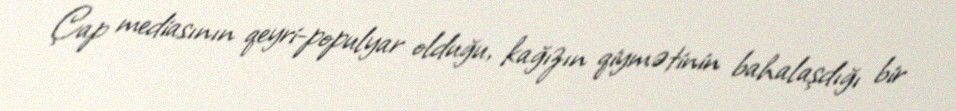
Çap mediasının qeyri-populyar olduğu, kağızın qiymətinin bahalaşdığı bir